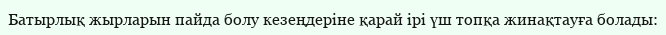
Батырлық жырларын пайда болу кезеңдеріне қарай ірі үш топқа жинақтауға болады: